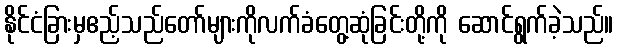
နိုင်ငံခြားမှဧည့်သည်တော်များကိုလက်ခံတွေ့ဆုံခြင်းတို့ကို ဆောင်ရွက်ခဲ့သည်။